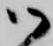
御